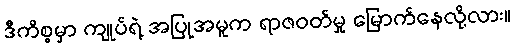
ဒီကိစ္စမှာ ကျုပ်ရဲ့ အပြုအမူက ရာဇဝတ်မှု မြောက်နေလို့လား။